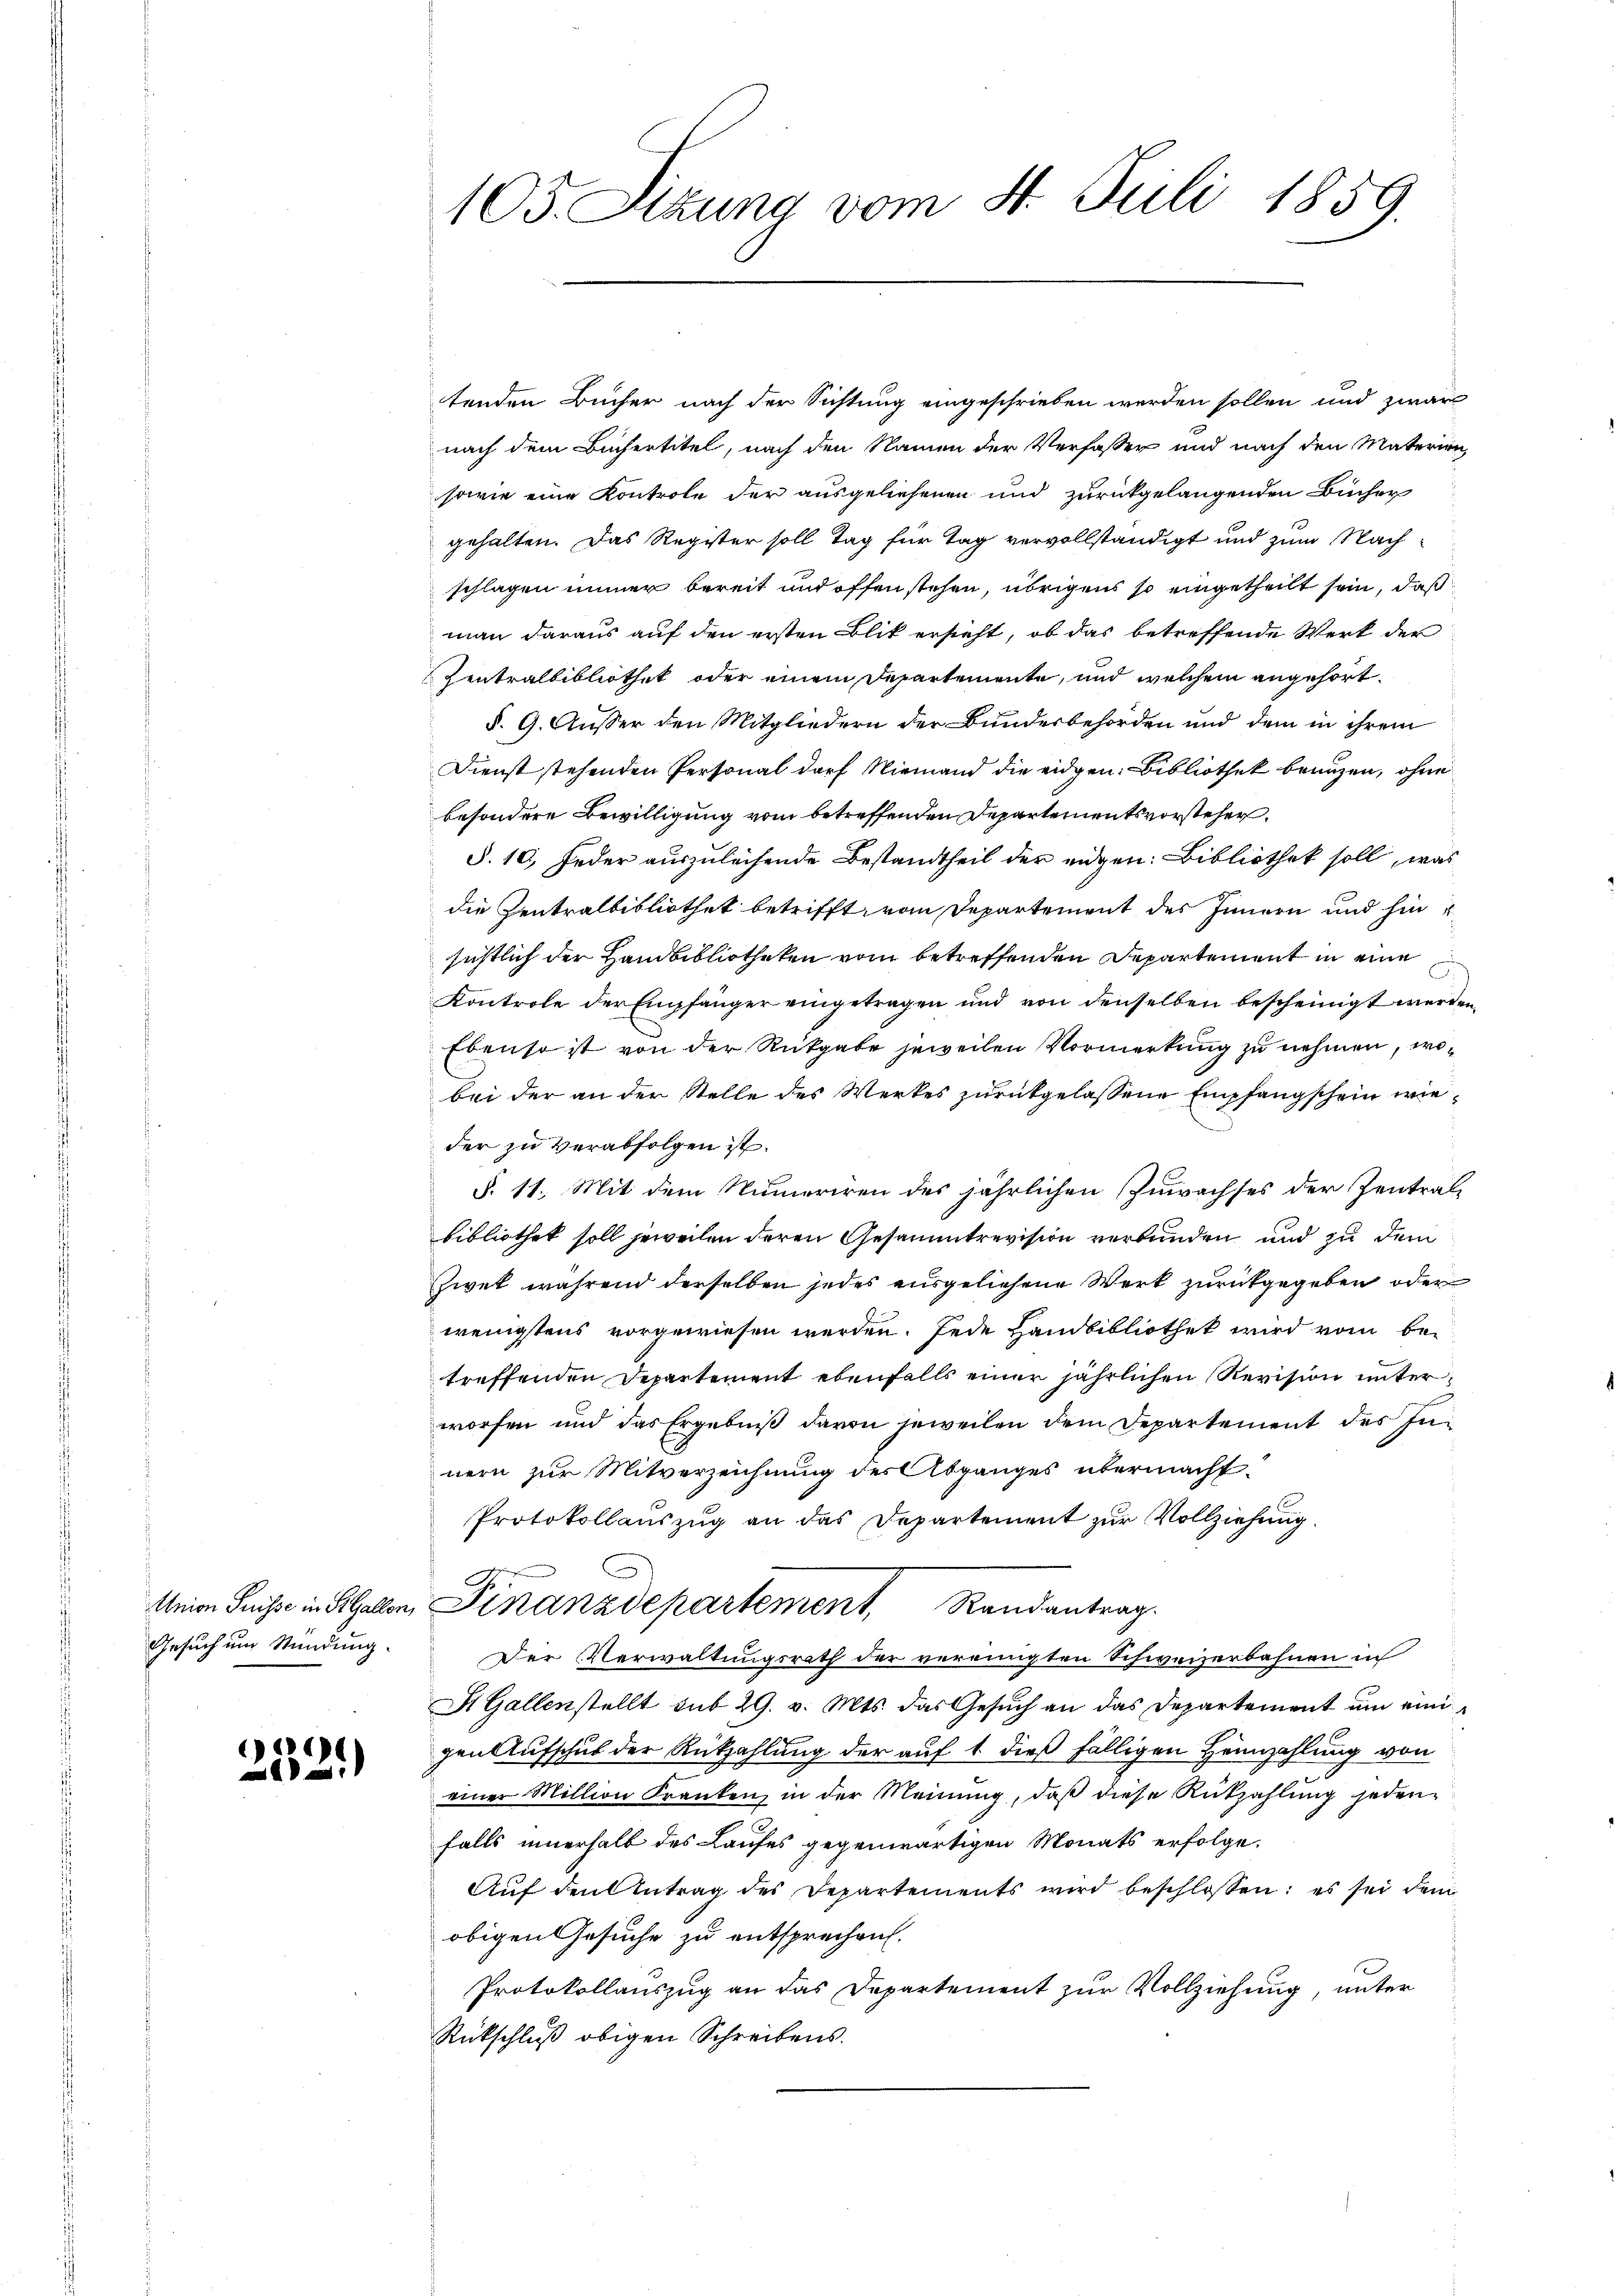
Gesuch um Stundung.

252.)

103. Sizung vom 8. Juli 1859.

tenden Bücher nach der Sichtung eingeschrieben werden sollen und zwar
nach dem Büchertitel, nach den Namen der Verfasser und nach den Materien,
sowie eine Kontrole der ausgeliehenen und zurückgelangenden Bücher
gehalten. Das Register soll Tag für Tag vervollständigt und zum Nachschlagen immer bereit und offen stehen, übrigens so eingetheilt sein, daß
man daraus auf den ersten Blik ersieht, ob das betreffende Werk der
Zentralbibliothek oder einem Departemente, und welchem angehört.
§. 9. Ausser den Mitgliedern der Bundesbehörden und dem in ihrem
Dienst stehenden Personal darf Niemand die eidgen. Bibliothek branzen, ohne
besondere Bewilligung vom betreffenden Departementsvorsteher.
§. 10, Feder auszuleisende Bestandtheil der eigen: Bibliothek soll, was
die Zentralbibliothek betrifft, vom Departement des Innern und hin
sichtlich der Handbibliotheken vom betreffenden Departement in eine
Kontrole der Empfänger eingetragen und von denselben bescheinigt werden
Ebenso ist von der Rückgabe jeweilen Vormerkung zu nehmen, wobei der an der Stelle des Werkes zurückgelassene Empfangschein wieder zu verabfolgen ist.
§. 11. Mit dem Numeriren des jährlichen Zuwachses der Zentralbibliothek soll jeweilen deren Gesammtrevision verbunden und zu dem
zwet während derselben jedes ausgeliehene Werk zurückgegeben oder
wenigstens vorgewiesen werden. Jede Handbibliothek wird vom be-
treffenden Departement ebenfalls einer jährlichen Revision unterworfen und das Ergebniß davon jeweilen dem Departement des Innern zur Mitverzeichnung der Abganges übermacht.
Protokollauszug an das Departement zur Vollziehung.
s
Mein Suise in Gallen Finanzdepartement Randantrag.
Der Verwaltungsrath der vereinigten Schweizerbahnen in
St. Gallenstellt sub 29. v. Mts. das Gesuch an das Departement um einigen Aufschub der Rückzahlung der auf 1 dieß fälligen Heimzahlung von
einer Million Franken, in der Meinung, daß diese Rückzahlung jedenfalls innerhalb des Laufes gegenwärtigen Monats erfolge.
Auf den Antrag des Departements wird beschlossen: es sei dem
obigen Gesuche zu entsprechen.
Protokollauszug an das Departement zur Vollziehung, unter
Rückschluß obigen Schreibens.